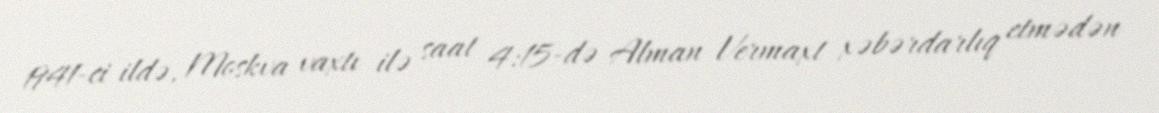
1941-ci ildə, Moskva vaxtı ilə saat 4:15-də Alman Vermaxt xəbərdarlıq etmədən